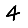
Digit: 4